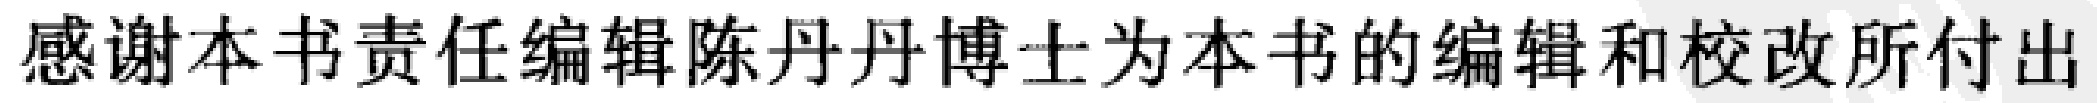
感谢本书责任编辑陈丹丹博士为本书的编辑和校改所付出